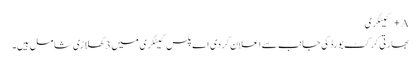
A+ کیٹگری
بھارتی کرکٹ بورڈ کی جانب سے اعلان کردی اے پلس کیٹگری میں 3 کھلاڑی شامل ہیں۔